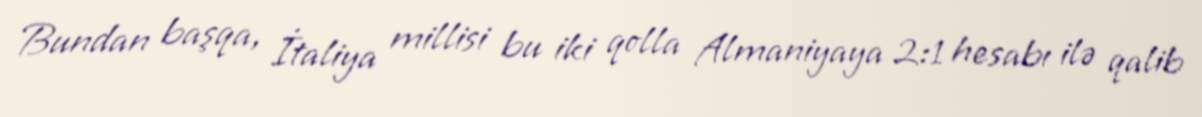
Bundan başqa, İtaliya millisi bu iki qolla Almaniyaya 2:1 hesabı ilə qalib